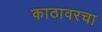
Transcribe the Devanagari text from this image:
काठावरचा